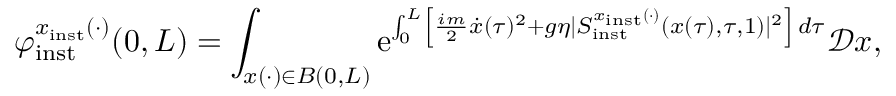
\varphi _ { \mathrm { i n s t } } ^ { x _ { \mathrm { i n s t } } ( \cdot ) } ( 0 , L ) = \int _ { x ( \cdot ) \in B ( 0 , L ) } \mathrm { e } ^ { \int _ { 0 } ^ { L } \left\lbrack \frac { i m } { 2 } \dot { x } ( \tau ) ^ { 2 } + g \eta \vert S _ { \mathrm { i n s t } } ^ { x _ { \mathrm { i n s t } } ( \cdot ) } ( x ( \tau ) , \tau , 1 ) \vert ^ { 2 } \right\rbrack \, d \tau } \mathscr { D } x ,